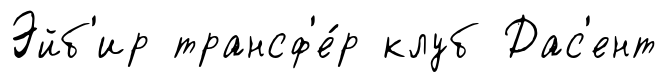
Эйб'ир трансф'е́р клуб Дас'ент